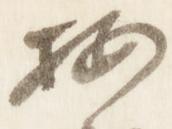
按